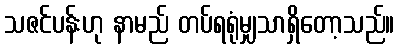
သဇင်ပန်းဟု နာမည် တပ်ရရုံမျှသာရှိတော့သည်။